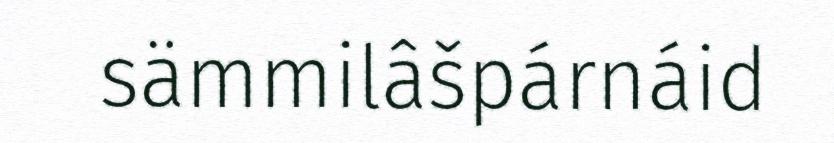
sämmilâšpárnáid